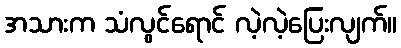
အသားက သံလွင်ရောင် လဲ့လဲ့ပြေးလျက်။